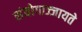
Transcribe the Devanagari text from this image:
संयोगाज्जायते